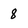
Character: 8